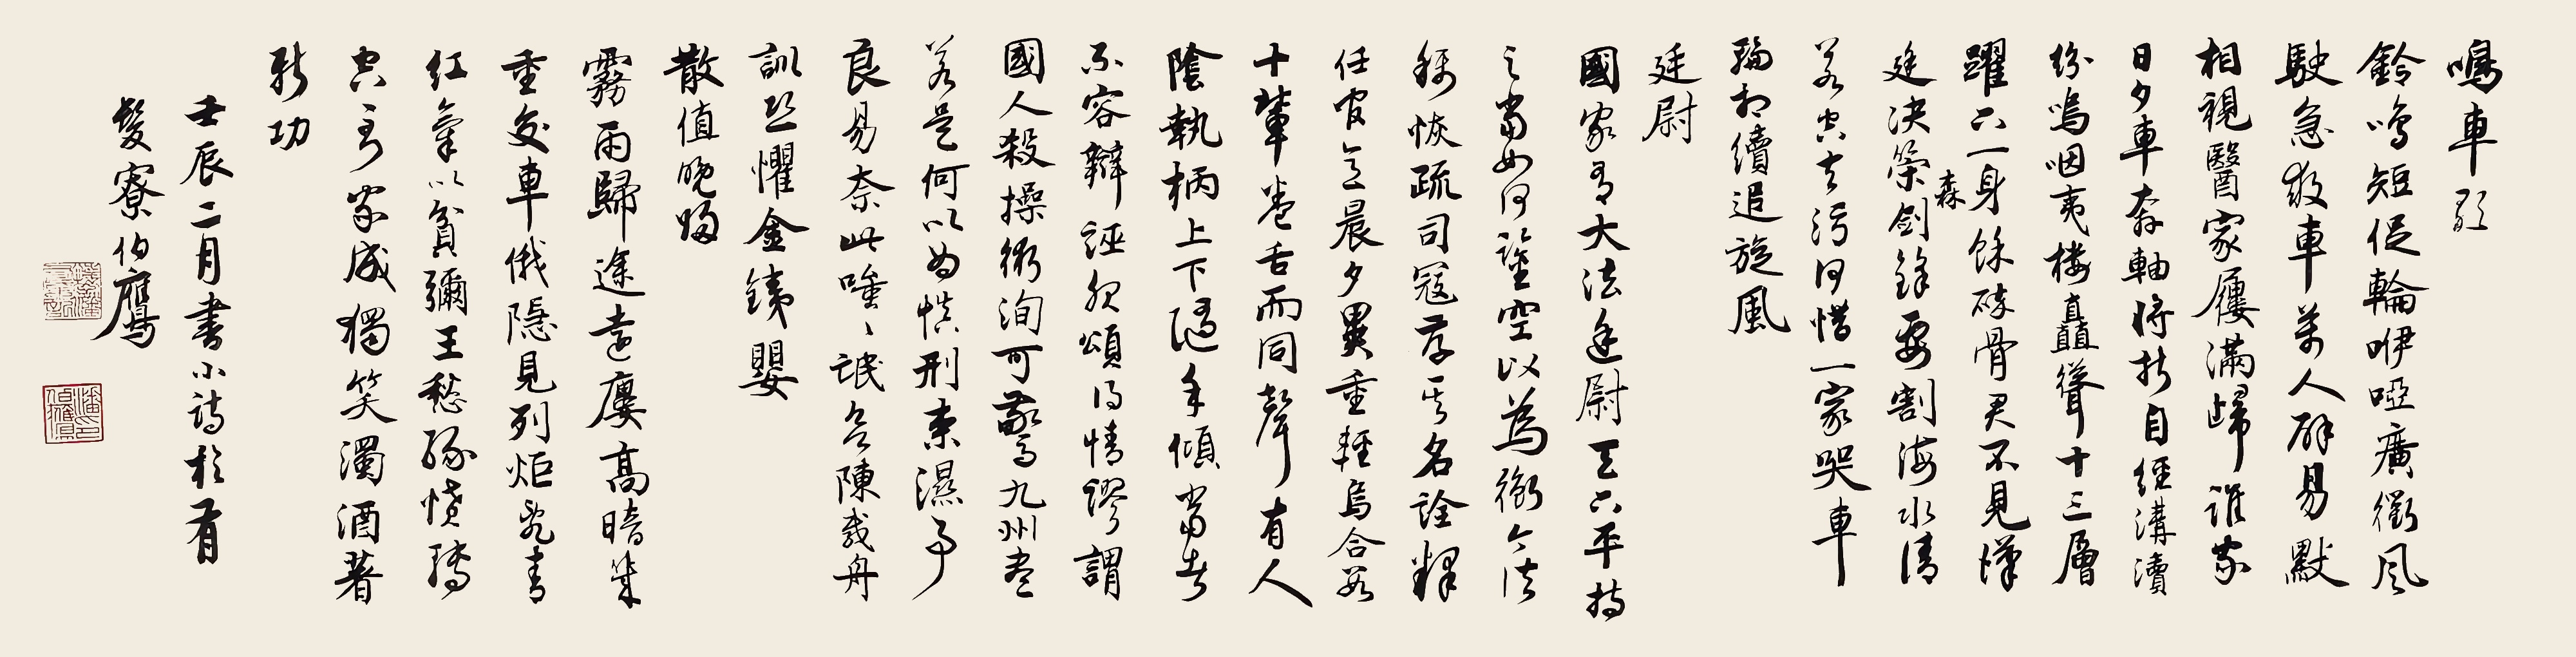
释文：鸣车歌。铃鸣短促轮咿哑，广衢风驶急救车。万人辟易默相视，医家屦满归谁家。日夕车奔轴将折，自经沟渎纷呜咽。夷楼高矗十三层，跃下一身余碎骨。君不见汉廷决策森剑锋，要割海水清若空。去污何惜一家哭，车轮相续追旋风。廷尉。国家有大法，廷尉天下平。国家有大法，廷尉天下平。持之当如何，鉴空以为衡。今法称恢疏，司寇存其名。诠释任官意，晨夕异重轻。乌合数十辈，卷舌而同声。有人阴执柄，上下随手倾。当者不容辩，诬服颂得情。谬谓国人杀，操术洵可惊。九州尽若是，何以为慎刑。束湿事良易，奈此嗤嗤氓。欲陈载舟训，恐惧金铁婴。散值晚归。雾雨归途远，楼高暗几重。交车俄隐见，列炬乱青红。气以贫弥王，愁缘愤转空。到家成独笑，浊酒著新功。壬辰二月书小诗于有发寮。伯鹰。